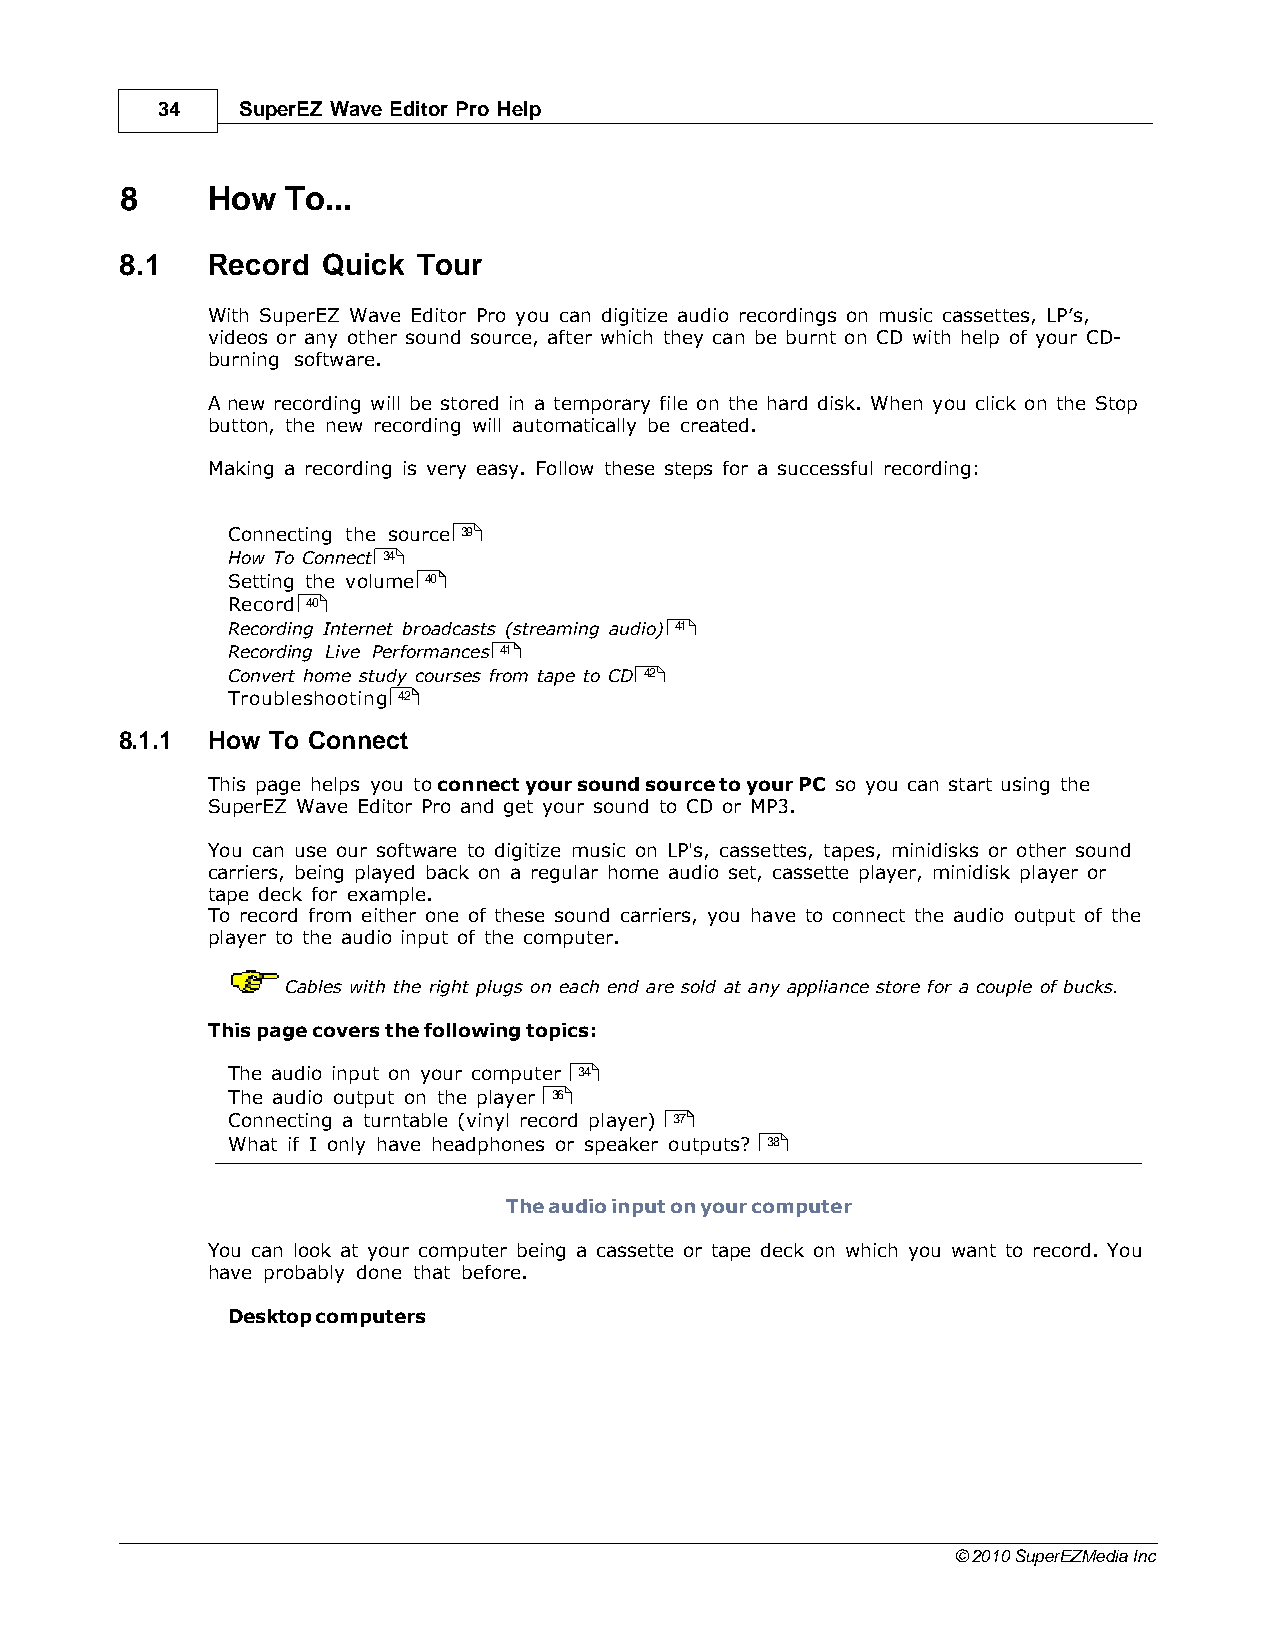
34    SuperEZ Wave Editor Pro Help
 8     How  To...
 8.1   Record Quick  Tour
 With SuperEZ Wave Editor Pro you can digitize audio recordings on music cassettes, LP’s,
 videos or any other sound source, after which they can be burnt on CD with help of your CD-
 burning software.
 A new recording will be stored in a temporary file on the hard disk. When you click on the Stop
 button, the new recording will automatically be created.
 Making a recording is very easy. Follow these steps for a successful recording:
 Connecting the source 39
 How To Connect 34
 Setting the volume 40
 Record 40
 Recording Internet broadcasts (streaming audio) 41
 Recording Live Performances 41
 Convert home study courses from tape to CD 42
 Troubleshooting 42
 8.1.1 How To Connect
 This page helps you to connect your sound source to your PC so you can start using the
 SuperEZ Wave Editor Pro and get your sound to CD or MP3.
 You can use our software to digitize music on LP's, cassettes, tapes, minidisks or other sound
 carriers, being played back on a regular home audio set, cassette player, minidisk player or
 tape deck for example.
 To record from either one of these sound carriers, you have to connect the audio output of the
 player to the audio input of the computer.
 Cables with the right plugs on each end are sold at any appliance store for a couple of bucks.
 This page covers the following topics:
 The audio input on your computer 34
 The audio output on the player 36
 Connecting a turntable (vinyl record player) 37
 What if I only have headphones or speaker outputs? 38
 The audio input on your computer
 You can look at your computer being a cassette or tape deck on which you want to record. You
 have probably done that before.
 Desktop computers
 © 2010 SuperEZMedia Inc